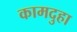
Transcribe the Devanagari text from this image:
कामदुहा